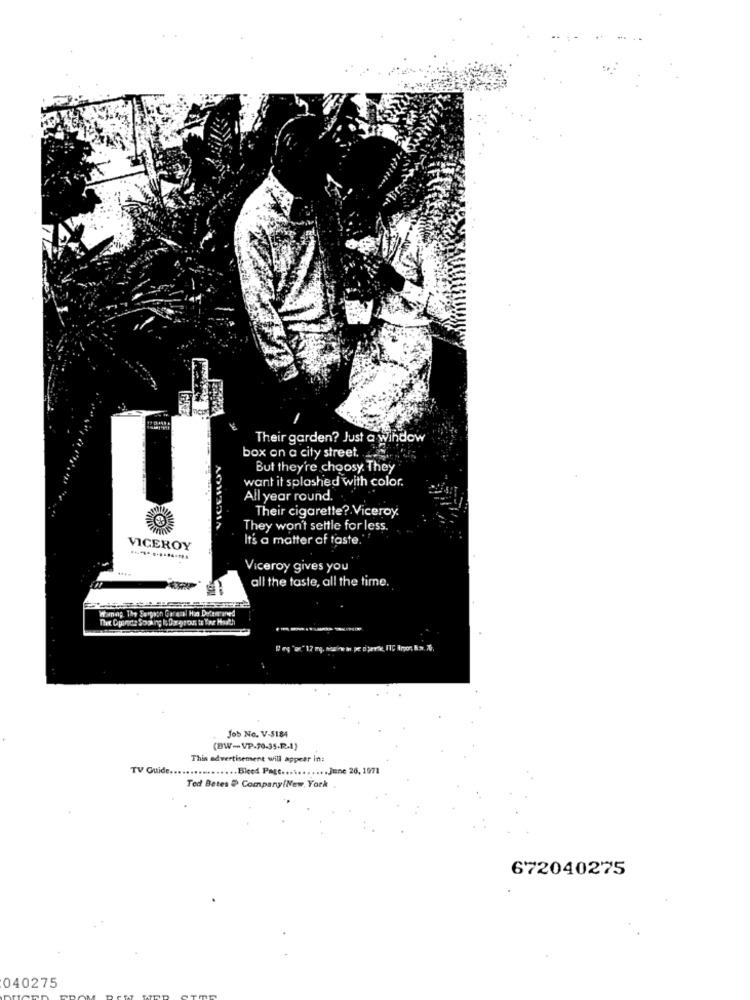
Their garden? Just a window
box on a city street,
VICEROY
But they're choosy They
want it splashed with color.
All year round.
Their cigarette? Viceroy.
They won't settle for less.
It's a matter of taste."
VICEROY
Viceroy gives you
all the taste, all the time.
Job No. V-5184
(BW-VP.30-35.R.1)
Thin advertisement will appear in:
TV Guide.
.... Bleed Page ........... June 26, 1971
Ted Betes # Company(New York
672040275
040275